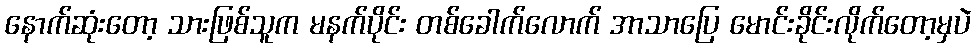
နောက်ဆုံးတော့ သားဖြစ်သူက မနက်ပိုင်း တစ်ခေါက်လောက် အာသာပြေ မောင်းခိုင်းလိုက်တော့မှပဲ